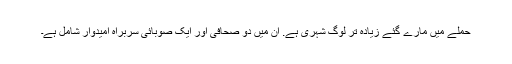
حملے میں مارے گئے زیادہ تر لوگ شہری ہے. ان میں دو صحافی اور ایک صوبائی سربراہ امیدوار شامل ہے۔